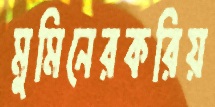
মুমিনেরকরিয়